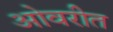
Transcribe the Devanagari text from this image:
ओवरीत